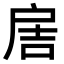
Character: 𢩋